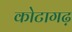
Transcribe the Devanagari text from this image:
कोटागढ़